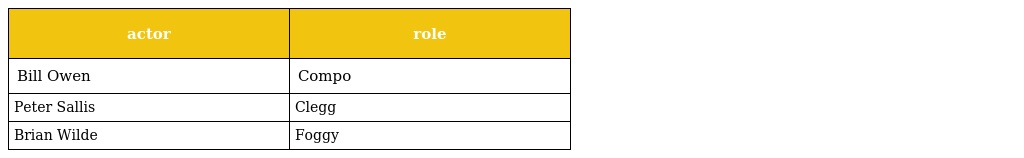
| actor | role |
 | --- | --- |
 | Bill Owen | Compo |
 | Peter Sallis | Clegg |
 | Brian Wilde | Foggy |